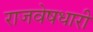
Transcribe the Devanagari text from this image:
राजवेषधारी